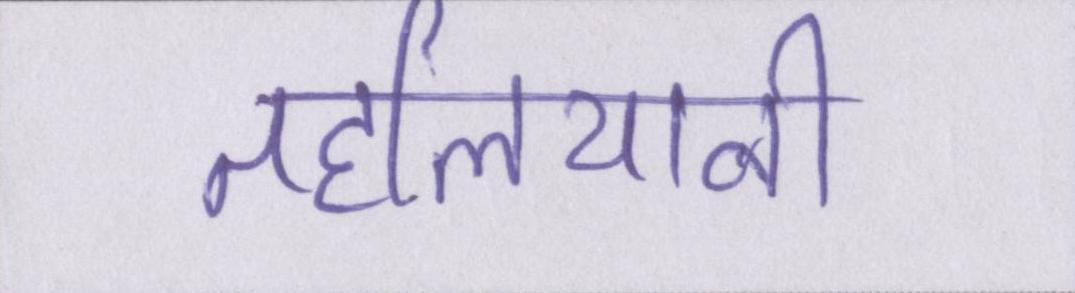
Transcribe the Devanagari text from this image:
तहलियानी